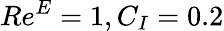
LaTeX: Re^{E}=1,C_{I}=0.2